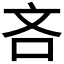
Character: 吝